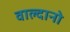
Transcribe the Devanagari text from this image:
वाल्दानो